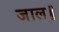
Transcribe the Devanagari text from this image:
जाल॥